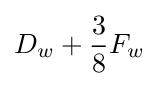
D_{w}+{\frac {3}{8}}F_{w}